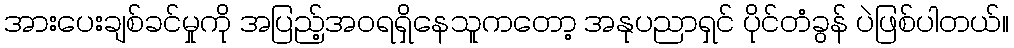
အားပေးချစ်ခင်မှုကို အပြည့်အဝရရှိနေသူကတော့ အနုပညာရှင် ပိုင်တံခွန် ပဲဖြစ်ပါတယ်။